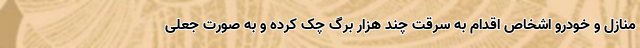
منازل و خودرو اشخاص اقدام به سرقت چند هزار برگ چک کرده و به صورت جعلی